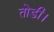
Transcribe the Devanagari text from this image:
तोडी।